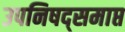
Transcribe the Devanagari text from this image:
उपनिषद्समाप्त